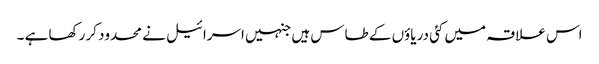
اس علاقہ میں کئی دریاؤں کے طاس ہیں جنہیں اسرائیل نے محدود کر رکھا ہے ۔